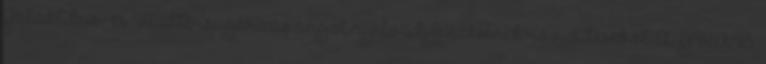
Galaktikus- és Háttérsugárzás angol nyelvű kifejezésének rövidítéséből. A „GRAB”